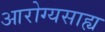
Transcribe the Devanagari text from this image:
आरोग्यसाह्य